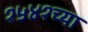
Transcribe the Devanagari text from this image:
१५४१च्या